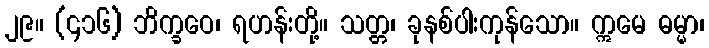
၂၉။ (၄၁၆) ဘိက္ခဝေ၊ ရဟန်းတို့။ သတ္တ၊ ခုနစ်ပါးကုန်သော။ ဣမေ ဓမ္မာ၊